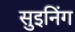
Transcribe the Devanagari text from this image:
सुइनिंग